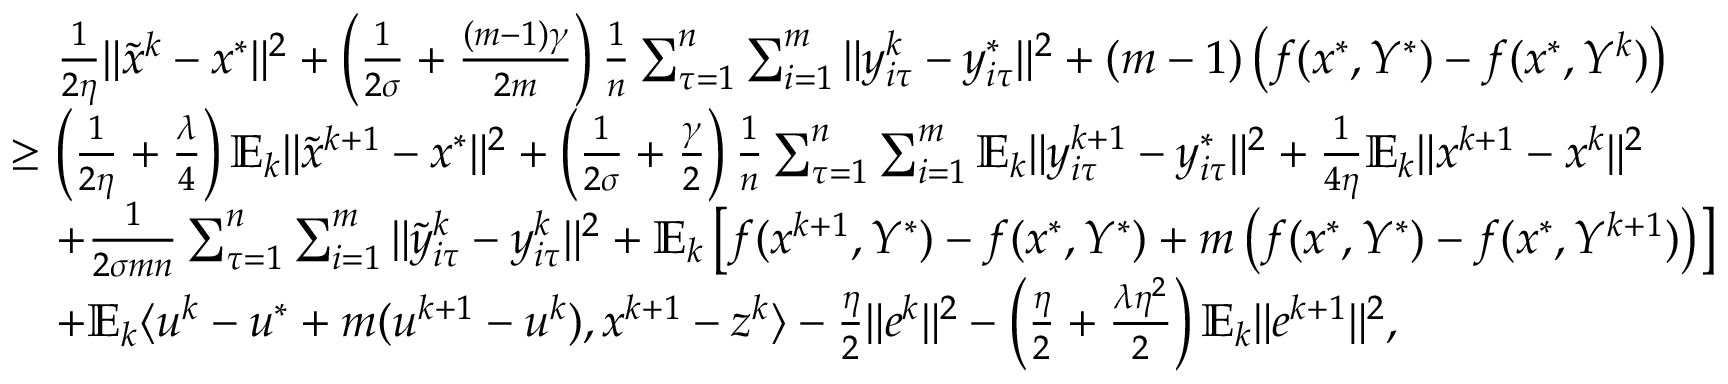
\begin{array} { r l } & { \quad \frac { 1 } { 2 \eta } \| { \tilde { x } } ^ { k } - x ^ { * } \| ^ { 2 } + \left( \frac { 1 } { 2 \sigma } + \frac { ( m - 1 ) \gamma } { 2 m } \right) \frac { 1 } { n } \sum _ { \tau = 1 } ^ { n } \sum _ { i = 1 } ^ { m } \| y _ { i \tau } ^ { k } - y _ { i \tau } ^ { * } \| ^ { 2 } + ( m - 1 ) \left( f ( x ^ { * } , Y ^ { * } ) - f ( x ^ { * } , Y ^ { k } ) \right) } \\ & { \geq \left( \frac { 1 } { 2 \eta } + \frac { \lambda } { 4 } \right) \mathbb { E } _ { k } \| { \tilde { x } } ^ { k + 1 } - x ^ { * } \| ^ { 2 } + \left( \frac { 1 } { 2 \sigma } + \frac { \gamma } { 2 } \right) \frac { 1 } { n } \sum _ { \tau = 1 } ^ { n } \sum _ { i = 1 } ^ { m } \mathbb { E } _ { k } \| y _ { i \tau } ^ { k + 1 } - y _ { i \tau } ^ { * } \| ^ { 2 } + \frac { 1 } { 4 \eta } \mathbb { E } _ { k } \| x ^ { k + 1 } - x ^ { k } \| ^ { 2 } } \\ & { \quad + \frac { 1 } { 2 \sigma m n } \sum _ { \tau = 1 } ^ { n } \sum _ { i = 1 } ^ { m } \| { \tilde { y } } _ { i \tau } ^ { k } - y _ { i \tau } ^ { k } \| ^ { 2 } + \mathbb { E } _ { k } \left[ f ( x ^ { k + 1 } , Y ^ { * } ) - f ( x ^ { * } , Y ^ { * } ) + m \left( f ( x ^ { * } , Y ^ { * } ) - f ( x ^ { * } , Y ^ { k + 1 } ) \right) \right] } \\ & { \quad + \mathbb { E } _ { k } \langle u ^ { k } - u ^ { * } + m ( u ^ { k + 1 } - u ^ { k } ) , x ^ { k + 1 } - z ^ { k } \rangle - \frac { \eta } { 2 } \| e ^ { k } \| ^ { 2 } - \left( \frac { \eta } { 2 } + \frac { \lambda \eta ^ { 2 } } { 2 } \right) \mathbb { E } _ { k } \| e ^ { k + 1 } \| ^ { 2 } , } \end{array}